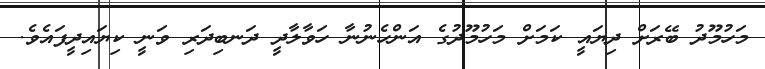
މަހުމޫދު ބޭރަށް ދިޔައީ ކަމަށް މަހުމޫދުގެ އަންހެނުނާ ހަވާލާދީ ދަނބިދަރި ވަނީ ކިޔައިދީފައެވެ.